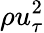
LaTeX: \rho u_{\tau}^{2}